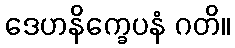
ဒေဟနိက္ခေပနံ ဂတိ။